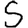
Digit: 5